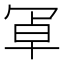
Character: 𭁸